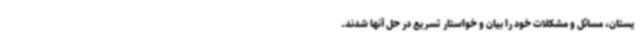
یستان، مسائل و مشکلات خود را بیان و خواستار تسریع در حل آنها شدند.